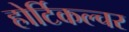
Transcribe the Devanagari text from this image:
होर्टिकल्चर